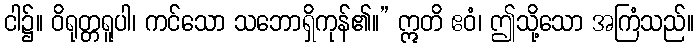
ငါ၌။ ဝိရုတ္တရူပါ၊ ကင်သော သဘောရှိကုန်၏။” ဣတိ ဧဝံ၊ ဤသို့သော အကြံသည်။